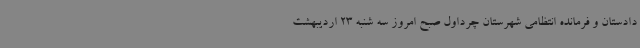
دادستان و فرمانده انتظامی شهرستان چرداول صبح امروز سه شنبه 23 اردیبهشت